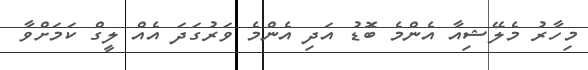
މިހާރު މެލޭޝިއާ އެންމެ ބޮޑު އަދި އެންމެ ވަރުގަދަ އެއް ލީގް ކަމަށްވާ